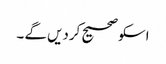
اسکو صحیح کردیں گے ۔